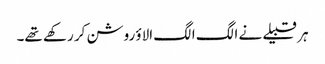
ہر قبیلے نے الگ الگ الاؤ روشن کر رکھے تھے۔